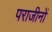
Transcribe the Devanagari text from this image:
पराजीनों